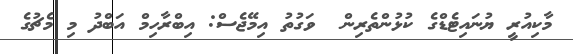
މާކިއުރީ ޔުނައިޓެޑްގެ ކުޅުންތެރިން  ވަގުތު އިމޭޖެސް: އިބްރާހިމް އަބްދު މި މެޗުގެ